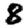
Digit: 8